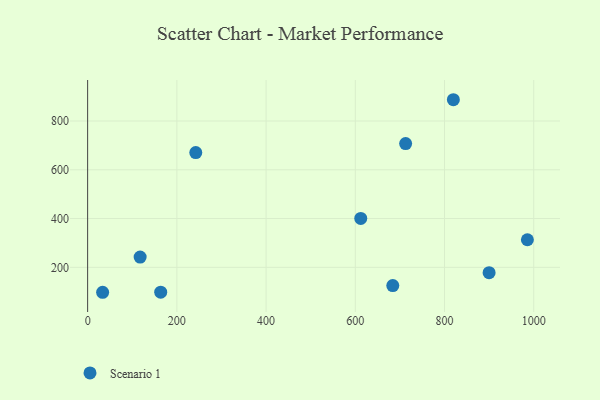
{"axis": {"x": "Distance", "y": "Salary"}, "legend": ["Scenario 1"], "data": [{"x": "242.4", "y": 670.6, "type": "Scenario 1"}, {"x": "985.7", "y": 313.1, "type": "Scenario 1"}, {"x": "117.7", "y": 242.2, "type": "Scenario 1"}, {"x": "819.8", "y": 887.3, "type": "Scenario 1"}, {"x": "33.6", "y": 97.7, "type": "Scenario 1"}, {"x": "163.8", "y": 98.2, "type": "Scenario 1"}, {"x": "612.2", "y": 400.6, "type": "Scenario 1"}, {"x": "899.9", "y": 178.0, "type": "Scenario 1"}, {"x": "684.0", "y": 125.3, "type": "Scenario 1"}, {"x": "712.8", "y": 707.3, "type": "Scenario 1"}]}